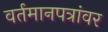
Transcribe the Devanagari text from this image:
वर्तमानपत्रांवर